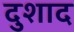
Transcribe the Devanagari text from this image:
दुशाद